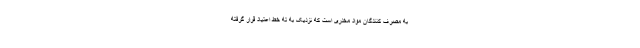
به مصرف کنندگان مواد مخدری است که نزدیک به ته خط اعتیاد قرار گرفته